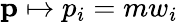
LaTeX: \mathbf{p}\mapsto p_{i}=mw_{i}